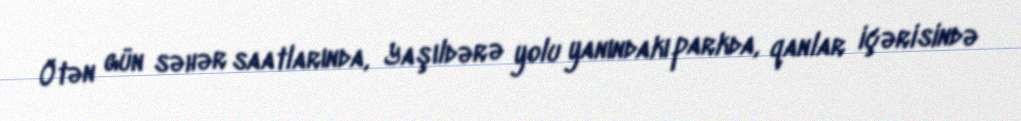
Ötən gün səhər saatlarında, Yaşıldərə yolu yanındakı parkda, qanlar içərisində